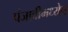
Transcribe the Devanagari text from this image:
पंजाबीमध्येच